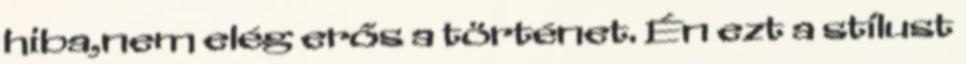
hiba,nem elég erős a történet. Én ezt a stílust